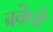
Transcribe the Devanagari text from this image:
बकेरो